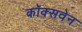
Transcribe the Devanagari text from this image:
कॉक्सवेन